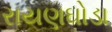
રાયણઘોડા